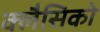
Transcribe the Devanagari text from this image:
क्लैसिको